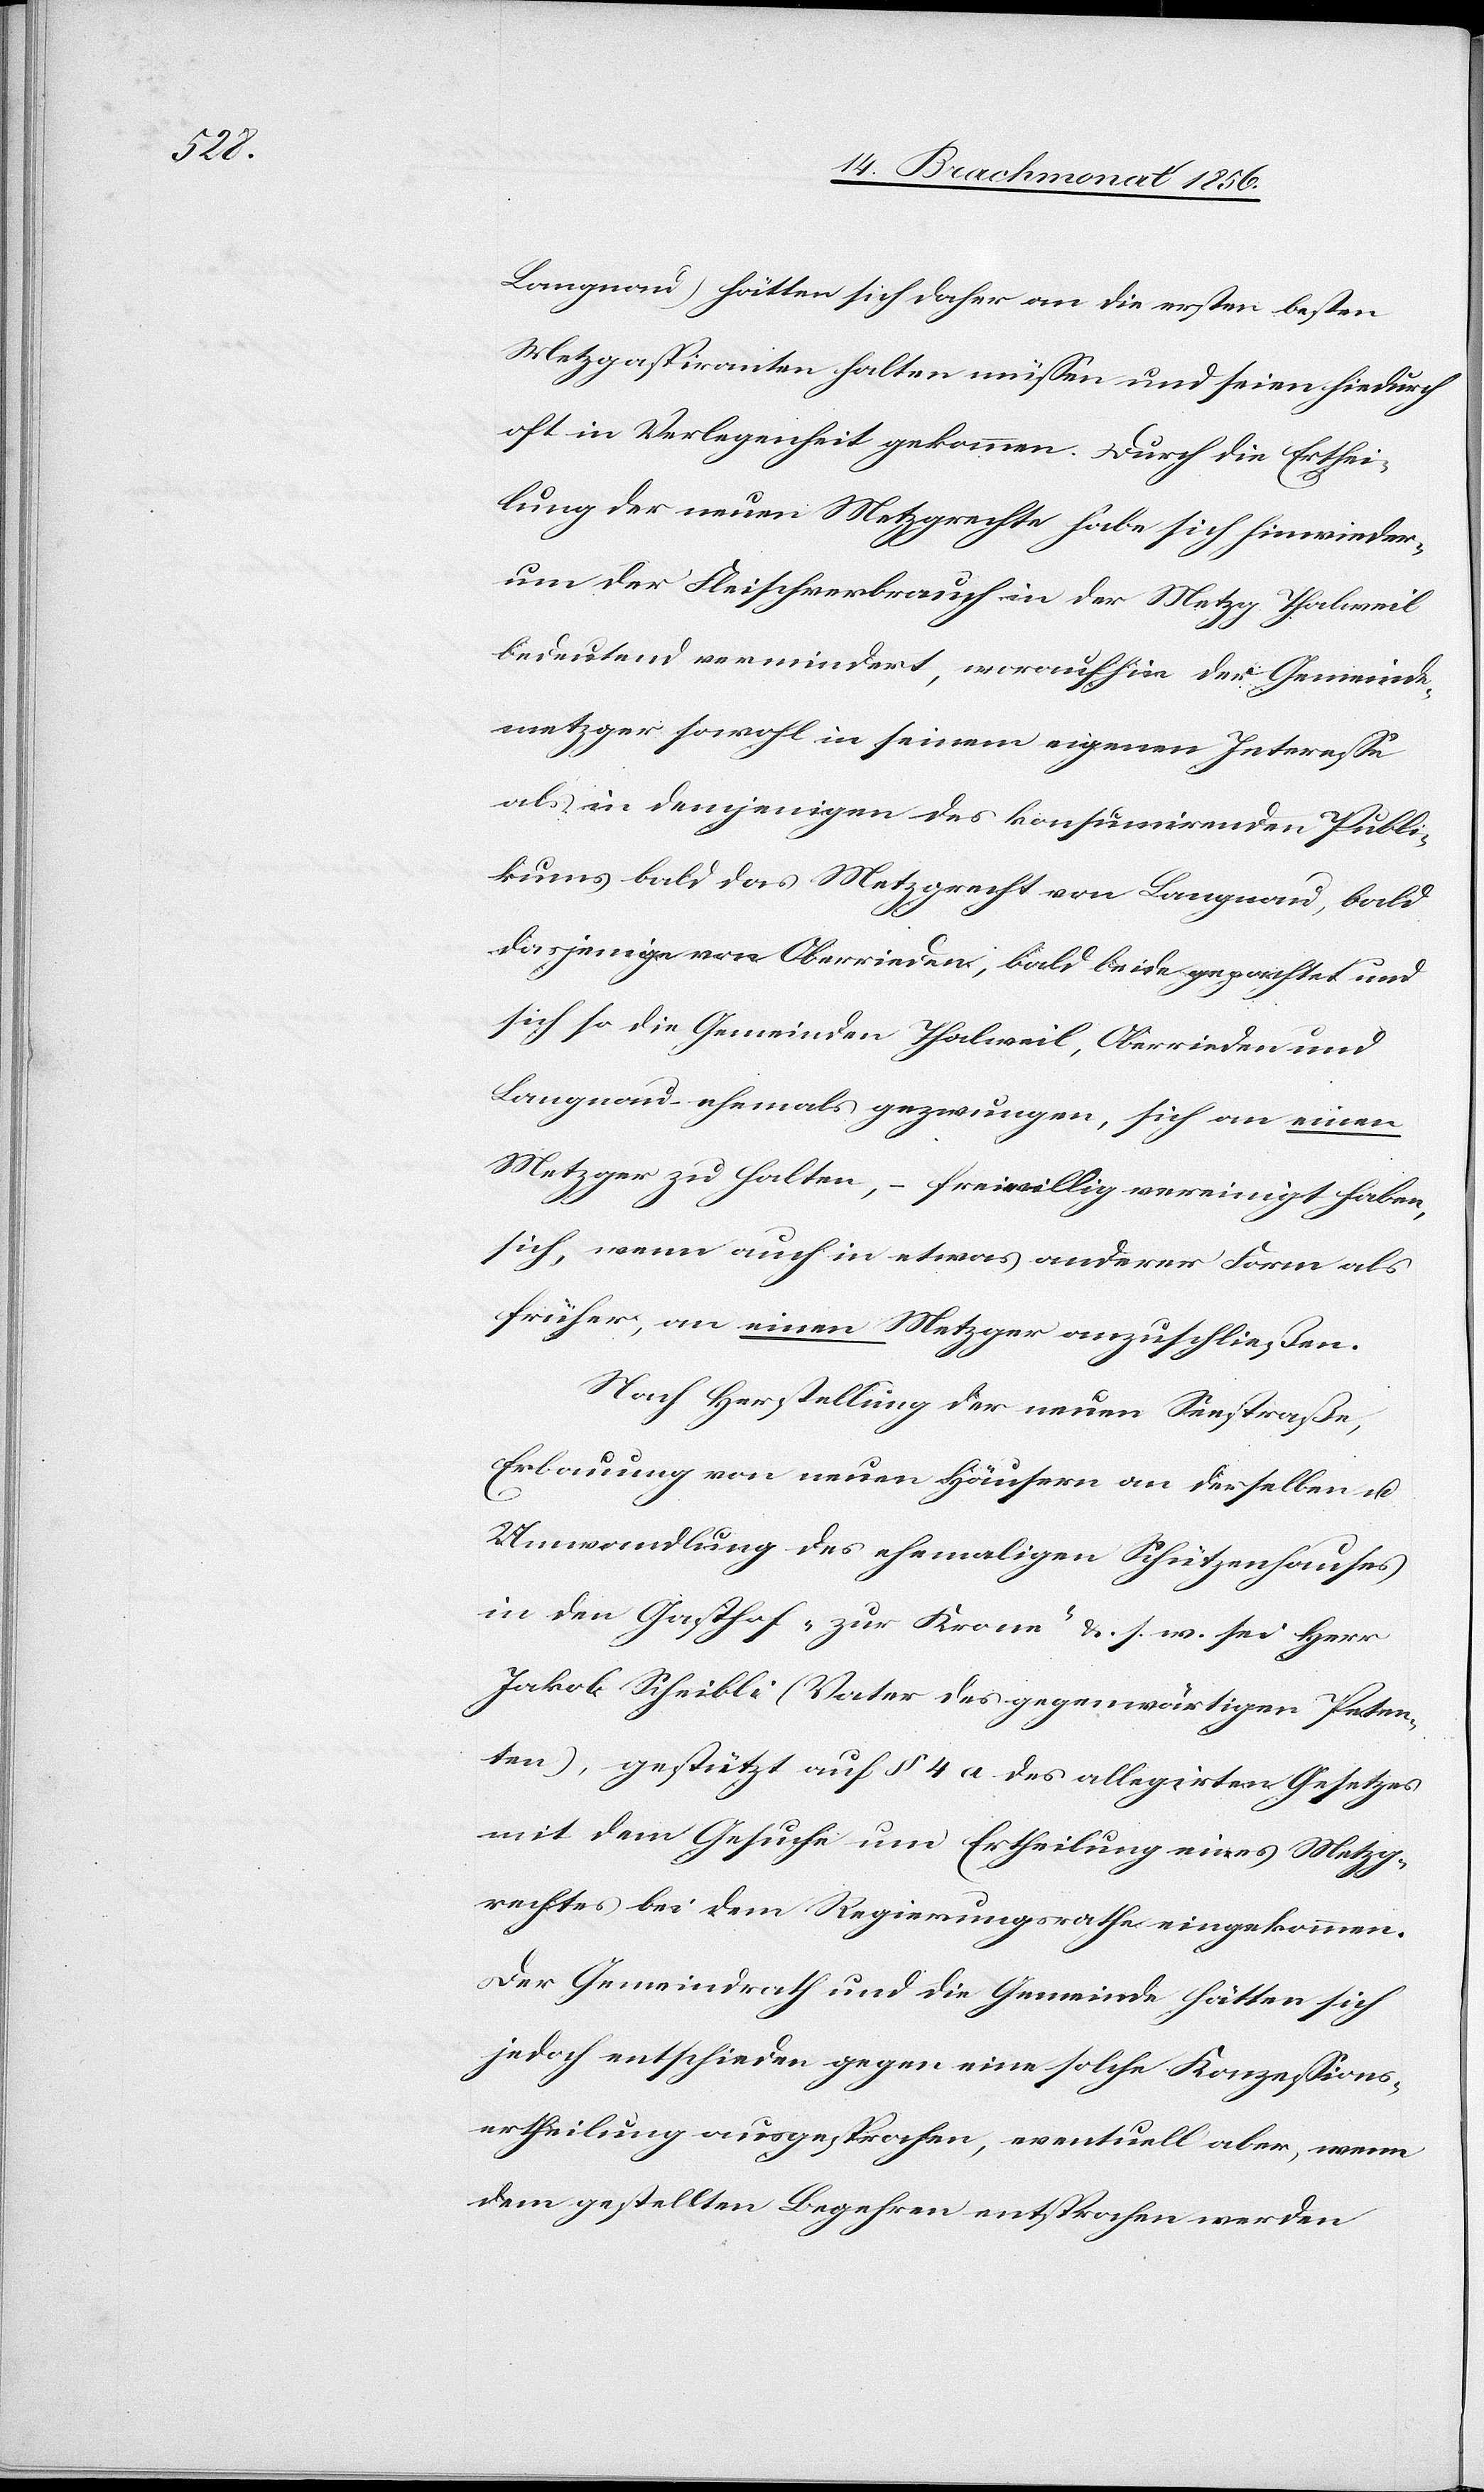
Langnau) hätten daher an die ersten besten
Metzgaspiranten halten müssen und seien hiedurch
oft in Verlegenheit gekommen. Durch die Erthei¬
lung der neuen Metzgrechte habe sich hinwieder¬
um der Fleischverbrauch in der Metzg Thalweil
bedeutend vermindert, woraufhin der Gemeinde¬
metzger sowohl in seinem eigenen Interesse
als in demjenigen des konsumirenden Publi¬
kums bald das Metzgrecht von Langnau, bald
dasjenige von Oberrieden, bald beide gepachtet und
sich so die Gemeinden Thalweil, Oberrieden und
Langnau – ehemals gezwungen, sich an einen
Metzger zu halten, – freiwillig vereinigt haben,
sich, wenn auch in etwas anderer Form als
früher, an einen Metzger anzuschließen.
Nach Herstellung der neuen Seestraße,
Erbauung von neuen Häusern an derselben u.
Umwandlung des ehemaligen Schützenhauses
in den Gasthof "zur Krone" &. s. w. sei Herr
Jakob Scheibli (Vater des gegenwärtigen Peten¬
ten), gestützt auf § 4 a des allegirten Gesetzes
mit dem Gesuche um Ertheilung eines Metzg¬
rechtes bei dem Regierungsrathe eingekommen.
Der Gemeindrath und die Gemeinde hätten sich
jedoch entschieden gegen eine solche Konzessions¬
ertheilung ausgesprochen, eventuell aber, wenn
dem gestellten Begehren entsprochen werden